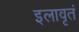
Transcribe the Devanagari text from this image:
इलावृतं